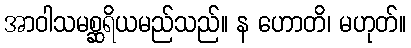
အာဝါသမစ္ဆရိယမည်သည်။ န ဟောတိ၊ မဟုတ်။